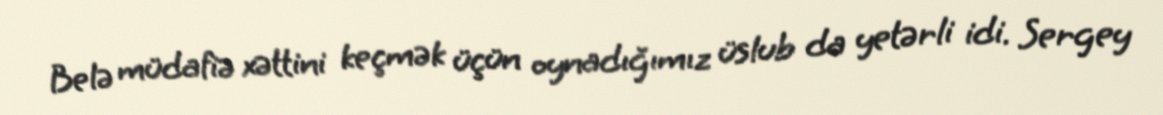
Belə müdafiə xəttini keçmək üçün oynadığımız üslub da yetərli idi. Sergey